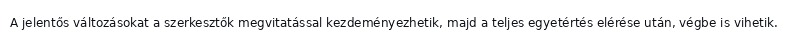
A jelentős változásokat a szerkesztők megvitatással kezdeményezhetik, majd a teljes egyetértés elérése után, végbe is vihetik.